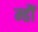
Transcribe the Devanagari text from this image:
म्हौं